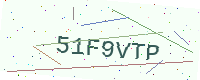
Text: 51F9VTP